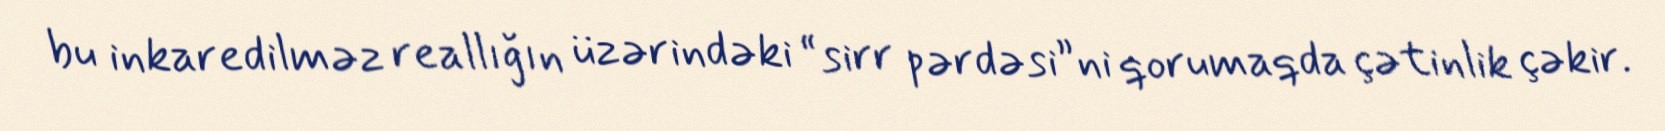
bu inkaredilməz reallığın üzərindəki “sirr pərdəsi”ni qorumaqda çətinlik çəkir.